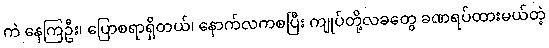
ကဲ နေကြဦး၊ ပြောစရာရှိတယ်၊ နောက်လကစပြီး ကျုပ်တို့လခတွေ ခဏရပ်ထားမယ်တဲ့